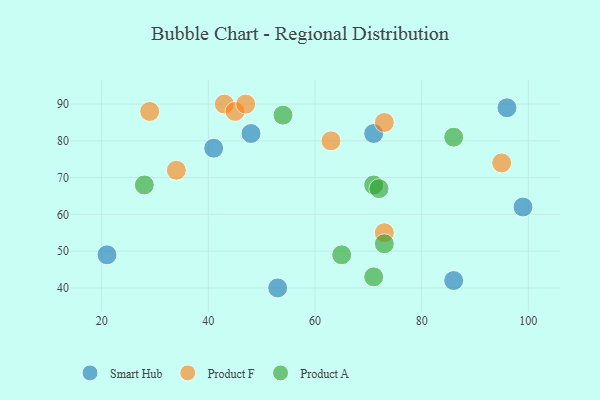
{"axis": {"x": "GDP", "y": "Life Expectancy"}, "legend": ["Product A", "Product F", "Smart Hub"], "data": [{"x": "21", "y": 49, "type": "Smart Hub"}, {"x": "53", "y": 40, "type": "Smart Hub"}, {"x": "71", "y": 82, "type": "Smart Hub"}, {"x": "86", "y": 42, "type": "Smart Hub"}, {"x": "41", "y": 78, "type": "Smart Hub"}, {"x": "99", "y": 62, "type": "Smart Hub"}, {"x": "96", "y": 89, "type": "Smart Hub"}, {"x": "48", "y": 82, "type": "Smart Hub"}, {"x": "73", "y": 85, "type": "Product F"}, {"x": "43", "y": 90, "type": "Product F"}, {"x": "45", "y": 88, "type": "Product F"}, {"x": "63", "y": 80, "type": "Product F"}, {"x": "73", "y": 55, "type": "Product F"}, {"x": "29", "y": 88, "type": "Product F"}, {"x": "95", "y": 74, "type": "Product F"}, {"x": "34", "y": 72, "type": "Product F"}, {"x": "47", "y": 90, "type": "Product F"}, {"x": "71", "y": 43, "type": "Product A"}, {"x": "54", "y": 87, "type": "Product A"}, {"x": "28", "y": 68, "type": "Product A"}, {"x": "71", "y": 68, "type": "Product A"}, {"x": "86", "y": 81, "type": "Product A"}, {"x": "72", "y": 67, "type": "Product A"}, {"x": "73", "y": 52, "type": "Product A"}, {"x": "65", "y": 49, "type": "Product A"}]}